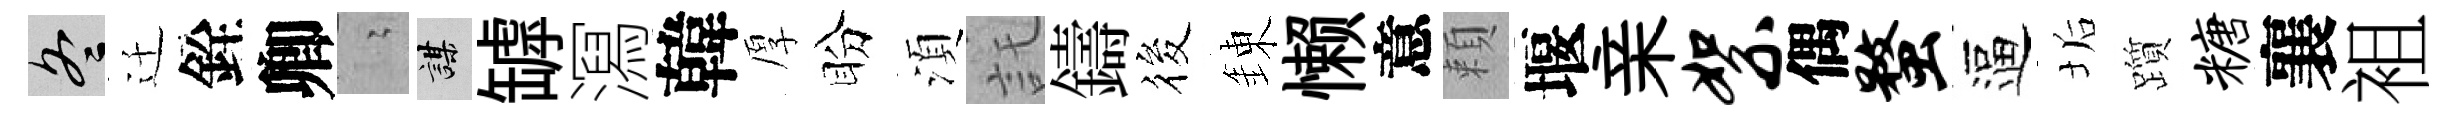
冬迁銓卿隐謀罅㵼韓厚盼湏託鑄筱錬懒意頼堰亲絮偶蝥逼垢躓糖襄袓